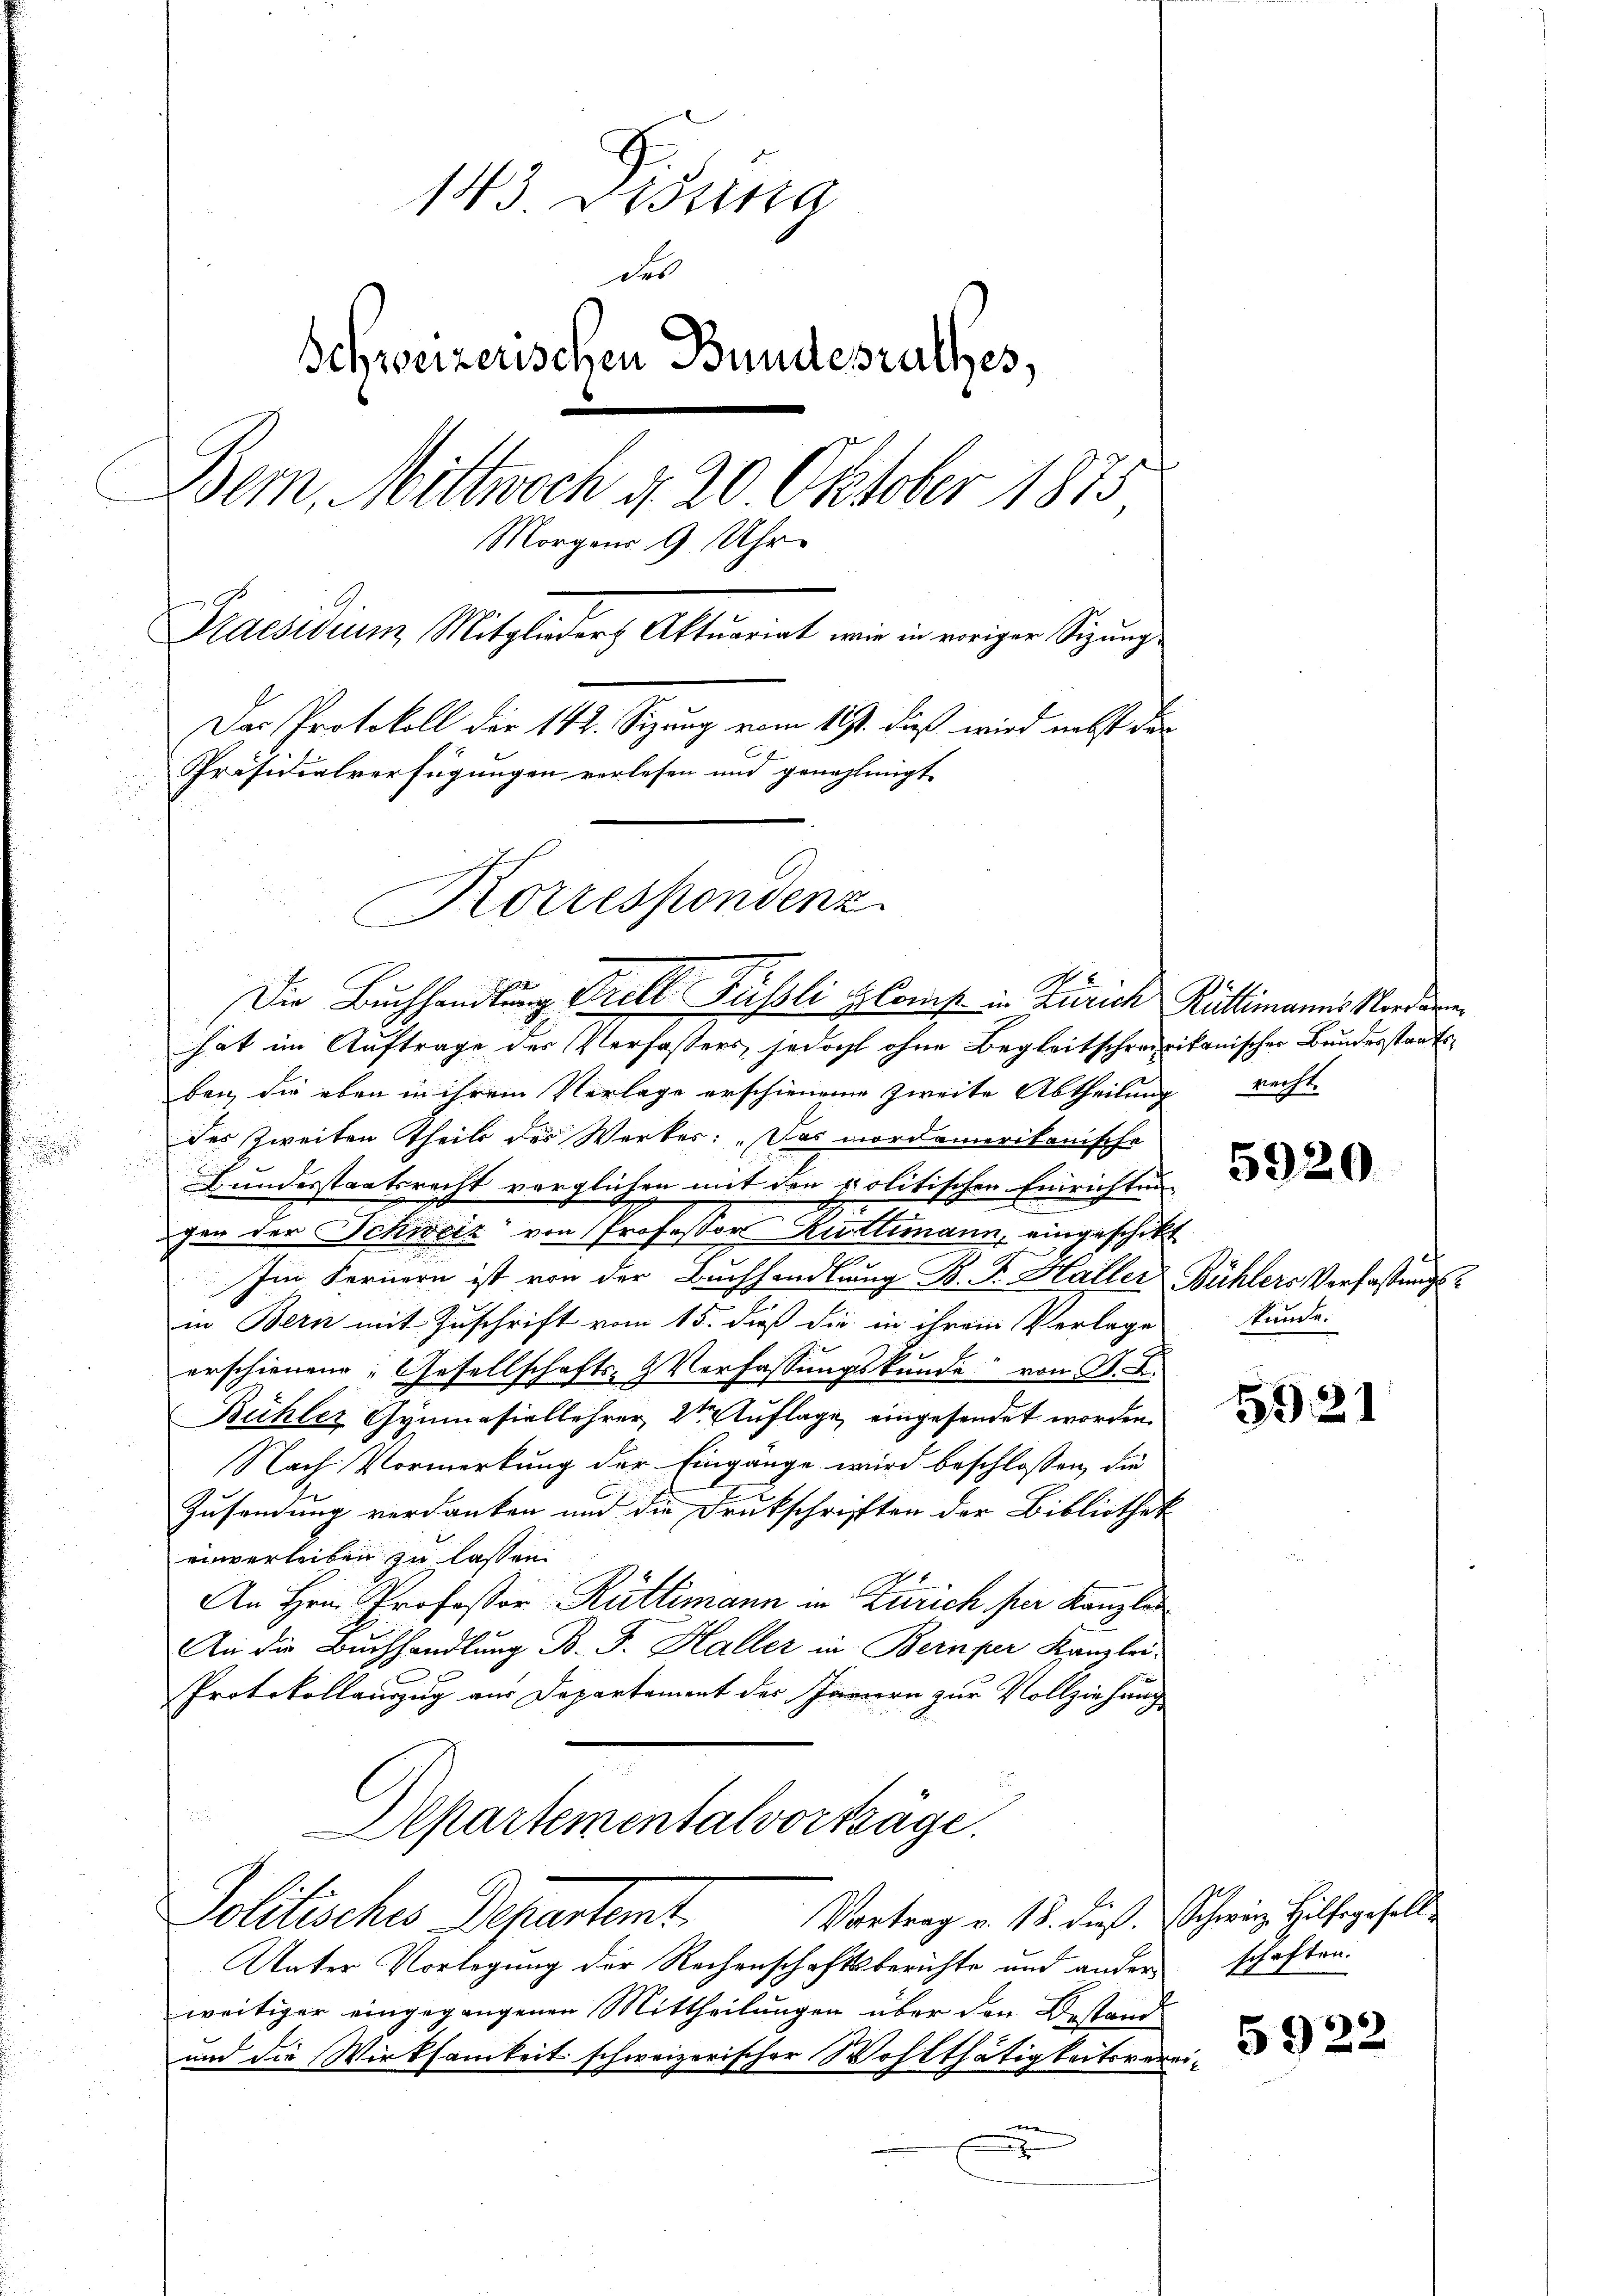
143. Dessista
des
Schweizerischen Bundesrathes,
Bem, Mittwoch d. 20. Oktober 1873
Morgens 9 Uhr
Praesidiung Mitglieder Aktuarirt wir in voriger Sigung
Das Protokoll der 142. Sizung vom 19t. dieß wird nebst der
Präsidialverfügungen verlesen und genehmigt.
Korrespondenz

hat im Auftrage des Verfassers, jedoch ohne Begleitschreirikanischer Bundesstaatsben, die eben in ihrem Verlage erschienen zweite Abtheilung recht
des Zweiten Theils des Werker: „Das mordamerikanische
gen der Schweiz von Professor Rüttimann, eingeschikt
Im Fernern ist von der Buchhandlung B. F. Haller Bühlers Verfaßungsin Bern mit Zuschrift vom 15. dieß die in ihrem Verlege
erschienene Gesellschafts- & Verfassungskunde von K. A.
Bühler Gymnasiallehrer 2te͇n Auflage eingesendet worden.
Nach Vormerkung der Eingänge wird beschlossen, die
Zusendung verdanken und die Drukschriften der Bibliothek
einverleiben zu lassen.
An Hrn. Professor Rüttimann in Zürich per Kanzler
An die Buchhandlung B. F. Haller in Bern per Kanzlei-
Protokollanzug aus Departement der Jännern zur Vollziehung
Aepartementalvorträge.
Politisches Departent.
Vortrag v. 18. dieß. Schweiz. Hilfsgesell
Unter Vorlegung der Rechenschaftsberichte und ander schaften.
weitiger eingegangenen Mittheilungen über den Bestand
und die Wirksamkeit schweizerischer Wohlthätigkeitsvere
t

Bundesstaatsrecht verglichen mit den politischen Einrichtung

Die Buchhandlung Gretl Füssli & Const in Zürich Rüttimanns Mordern

5920

Stunde.

5921

5922